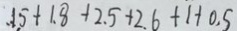
. . 1 . 5 + 1 . 8 + 2 . 5 + 2 . 6 + 1 + 0 . 5